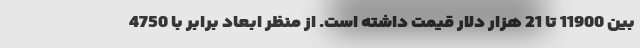
بین 11900 تا 21 هزار دلار قیمت داشته است. از منظر ابعاد برابر با 4750